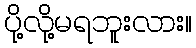
ပို့လို့မရဘူးလား။